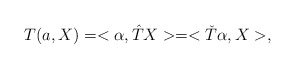
\begin{align*}T(a, X) = <\alpha, {\hat T}X > = <{\check T}\alpha, X>,\end{align*}